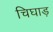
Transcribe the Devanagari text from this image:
चिघाड़